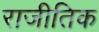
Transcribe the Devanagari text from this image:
राजीतिक